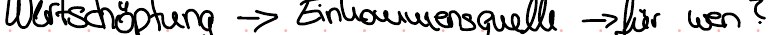
Wertschöpfung -> Einkommensquelle -> für wen?